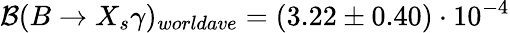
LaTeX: {\cal{B}}(B\to X_{s}\gamma)_{worldave}=(3.22\pm 0.40)\cdot 10^{-4}